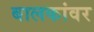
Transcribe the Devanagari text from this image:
बालकांवर